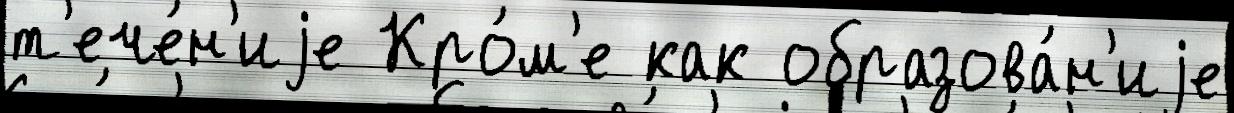
т'ече́н'иjе Кро́м'е как образова́н'иjе